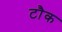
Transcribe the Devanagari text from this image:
टौक